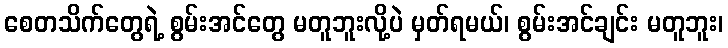
စေတသိက်တွေရဲ့ စွမ်းအင်တွေ မတူဘူးလို့ပဲ မှတ်ရမယ်၊ စွမ်းအင်ချင်း မတူဘူး၊